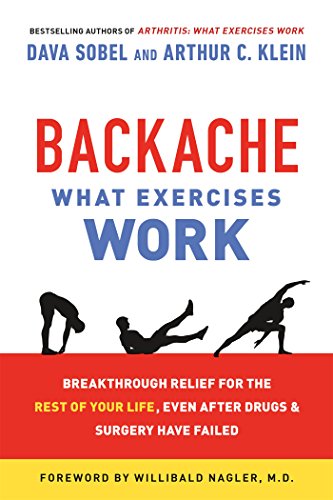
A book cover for Backache: What Exercises Work: Breakthrough Relief for the Rest of Your Life, Even After Drugs & Surgery Have Failed; Dava Sobel; Health, Fitness & Dieting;